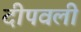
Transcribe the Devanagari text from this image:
दीपवली